Annual report of the Punjab Veterinary College and of the Civil Veterinary Department, Punjab - 1926-1932
Year: 1926
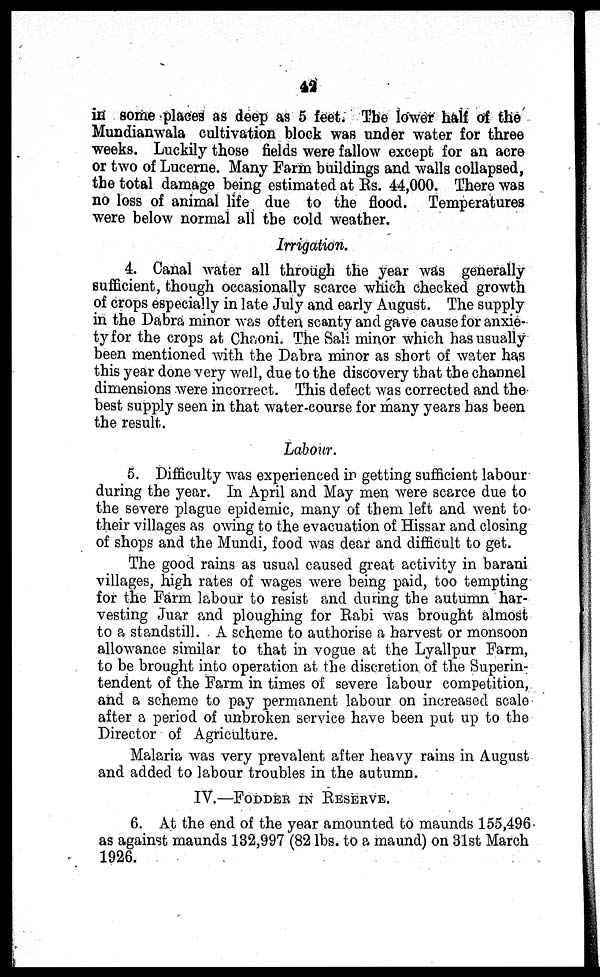
42
in some places as deep as 5 feet. The lower half of the
Mundianwala cultivation block was under water for three
weeks. Luckily those fields were fallow except for an acre
or two of Lucerne. Many Farm buildings and walls collapsed,
the total damage being estimated at Rs. 44,000. There was
no loss of animal life due to the flood. Temperatures
were below normal all the cold weather.
Irrigation.
4. Canal water all through the year was generally
sufficient, though occasionally scarce which checked growth
of crops especially in late July and early August. The supply
in the Dabra minor was often scanty and gave cause for anxie-
ty for the crops at Chaoni. The Sali minor which has usually
been mentioned with the Dabra minor as short of water has
this year done very well, due to the discovery that the channel
dimensions were incorrect. This defect was corrected and the
best supply seen in that water-course for many years has been
the result.
Labour.
5. Difficulty was experienced in getting sufficient labour
during the year. In April and May men were scarce due to
the severe plague epidemic, many of them left and went to
their villages as owing to the evacuation of Hissar and closing
of shops and the Mundi, food was dear and difficult to get.
The good rains as usual caused great activity in barani
villages, high rates of wages were being paid, too tempting
for the Farm labour to resist and during the autumn har-
vesting Juar and ploughing for Rabi was brought almost
to a standstill. A scheme to authorise a harvest or monsoon
allowance similar to that in vogue at the Lyallpur Farm,
to be brought into operation at the discretion of the Superin-
tendent of the Farm in times of severe labour competition,
and a scheme to pay permanent labour on increased scale
after a period of unbroken service have been put up to the
Director of Agriculture.
Malaria was very prevalent after heavy rains in August
and added to labour troubles in the autumn.
IV.—FODDER IN RESERVE.
6. At the end of the year amounted to maunds 155,496
as against maunds 132,997 (82 lbs. to a maund) on 31st March
1926.